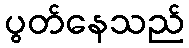
ပွတ်နေသည်